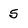
Character: 5